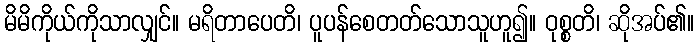
မိမိကိုယ်ကိုသာလျှင်။ မရိတာပေတိ၊ ပူပန်စေတတ်သောသူဟူ၍။ ဝုစ္စတိ၊ ဆိုအပ်၏။